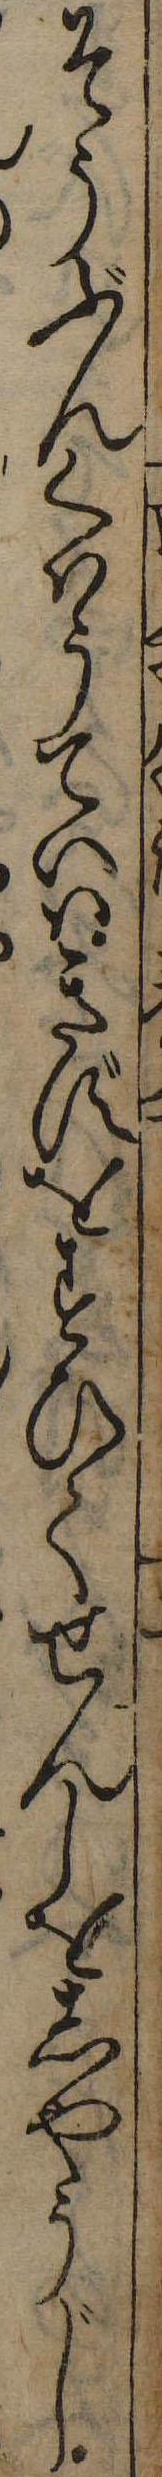
そうぶんくはうていはきずをすひてせんしをしやうじ